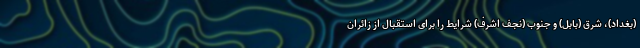
(بغداد)، شرق (بابل) و جنوب (نجف اشرف) شرایط را برای استقبال از زائران